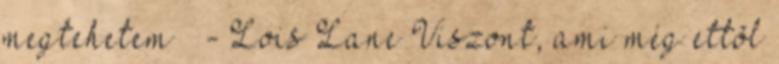
megtehetem ” - Lois Lane Viszont, ami még ettõl